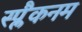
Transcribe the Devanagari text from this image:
स्प्लैकनम